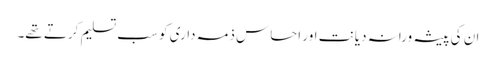
ان کی پیشہ ورانہ دیانت اور احساس ذمہ داری کو سب تسلیم کرتے تھے۔